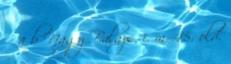
↑ a b Nagy Balázs, i. m. 45. old.